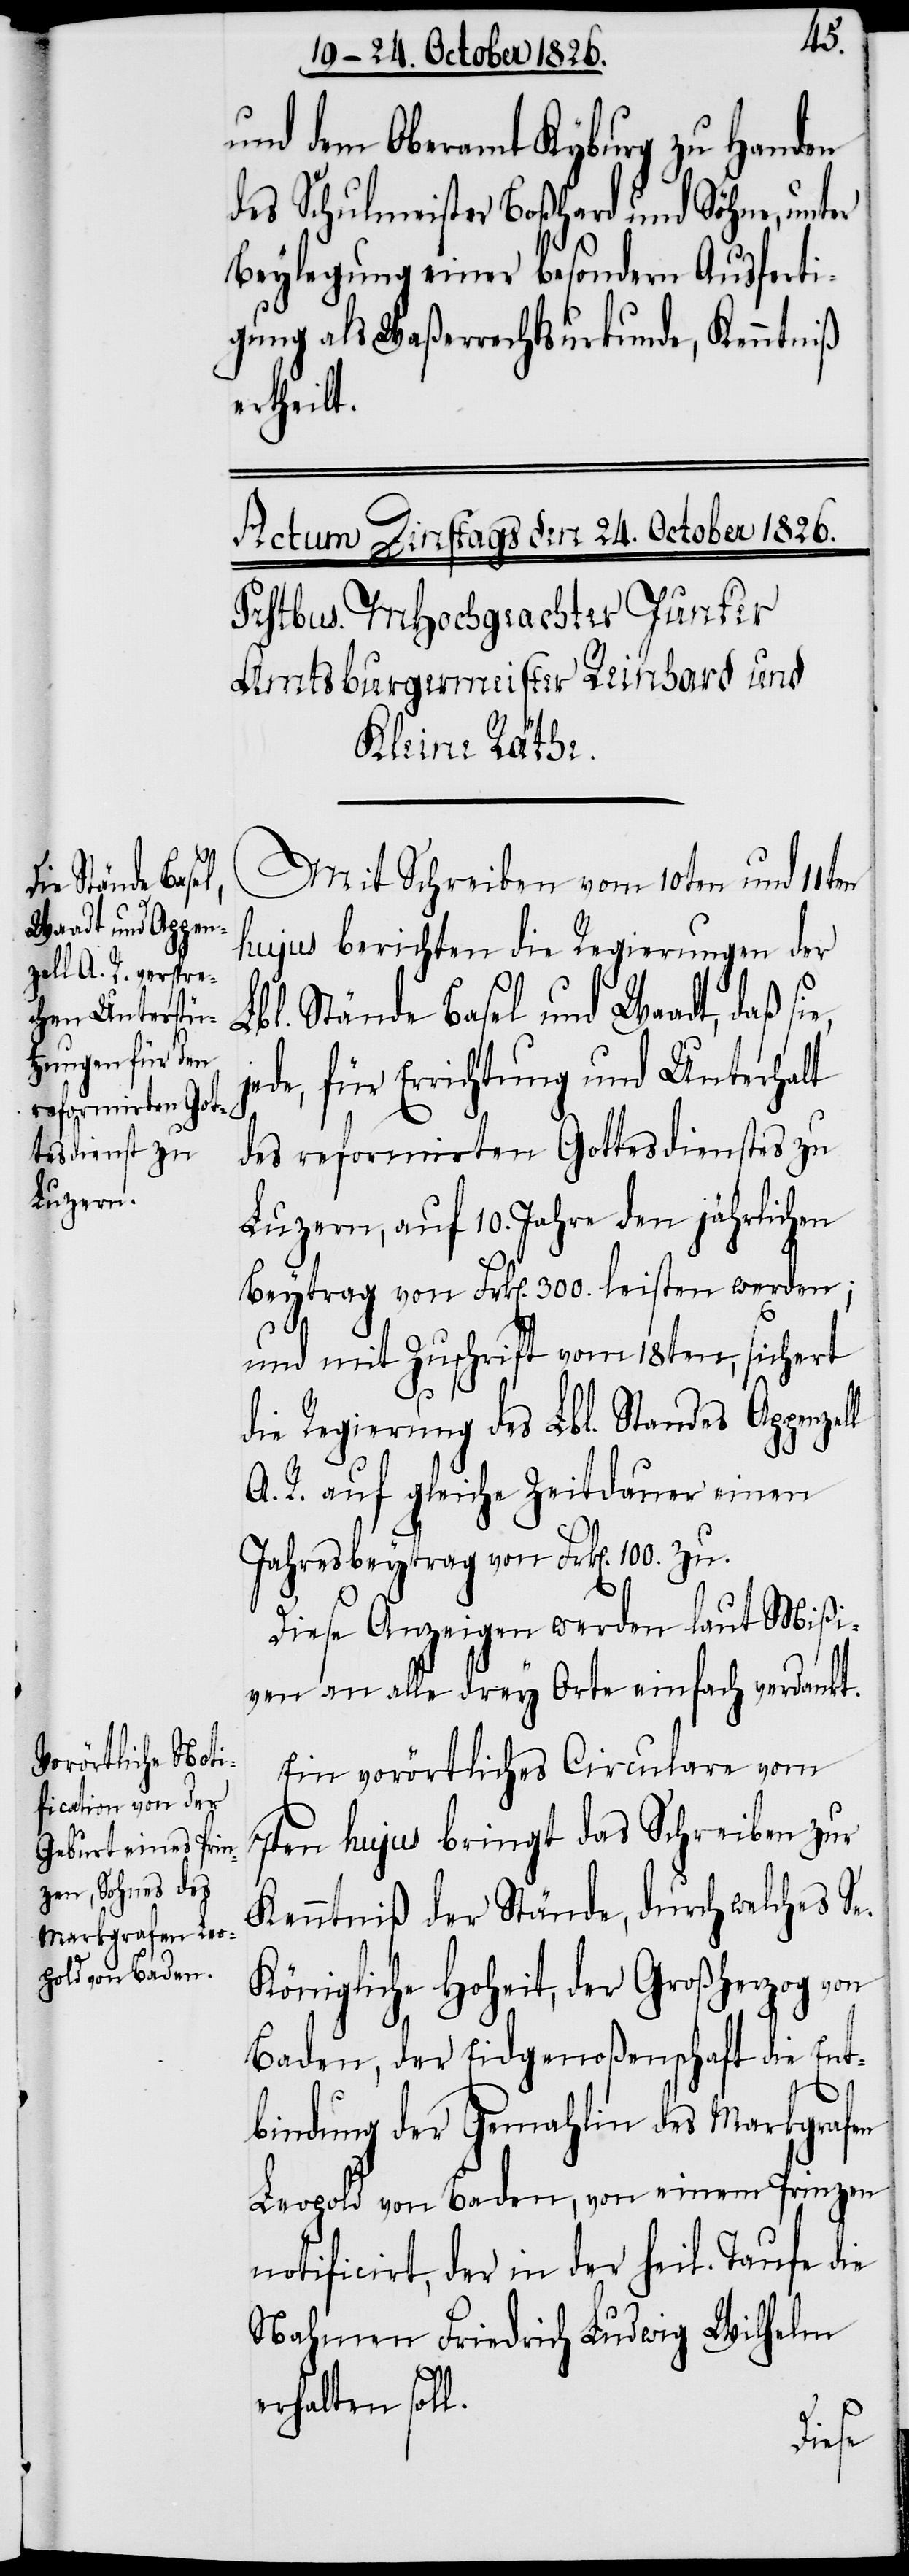
ll
und dem Oberamt Kyburg zu Handen
des Schulmeister Boßhard und Söhne, unter
Beylegung einer besondern Ausferti¬
gung als Waßerrechtsurkunde, Kenntniß
ertheilt.
Mit Schreiben vom 10ten und 11ten
hujus berichten die Regierungen der
Lbl. Stände Basel und Waadt, daß sie,
jede, für Errichtung und Unterhalt
des reformirten Gottesdienstes zu
Luzern, auf 10. Jahre den jährlichen
Beytrag von Frk[en]. 300. leisten werden;
und mit Zuschrift vom 18ten, sichert
die Regierung des Lbl. Standes Appenze¬
A. R. auf gleiche Zeitdauer einen
Jahresbeytrag von Frk[en]. 100. zu.
Diese Anzeigen werden laut Mißi¬
ven an alle drey Orte einfach verdankt.
Ein vorörtliches Circulare vom
7ten hujus bringt das Schreiben zur
Kenntniß der Stände, durch welches Se.
Königliche Hoheit, der Großherzog von
Baden, der Eidgenoßenschaft die Ent¬
bindung der Gemahlin des Markgrafen
Leopold von Baden, von einem Prinzen
notificirt, der in der heil. Taufe die
Nahmen Friedrich Ludwig Wilhelm
erhalten soll.